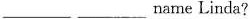
_name Linda?